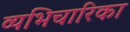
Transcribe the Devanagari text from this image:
व्यभिचारिका